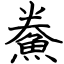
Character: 鮝